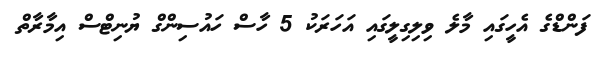
ފަންޑްގެ އެހީގައި މާލެ ވިލިގިލީގައި އަހަރަކު 5 ހާސް ހައުސިންގް ޔުނިޓްސް އިމާރާތް